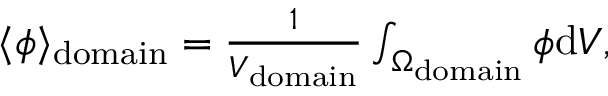
\begin{array} { r } { \langle \phi \rangle _ { \mathrm { d o m a i n } } = \frac { 1 } { V _ { \mathrm { d o m a i n } } } \int \displaylimits _ { \Omega _ { \mathrm { d o m a i n } } } \phi \mathrm { d } V , } \end{array}